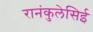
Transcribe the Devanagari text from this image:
रानंकुलेसिई